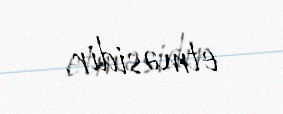
etməsidir.